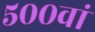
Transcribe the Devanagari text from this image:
५००वां